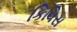
કિવિસ